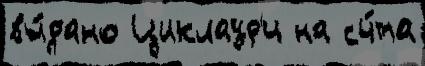
вы́дано Циклаур'и на сч́та